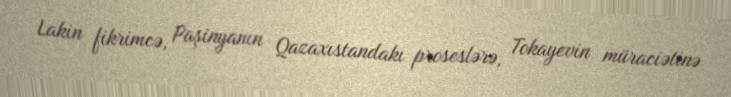
Lakin fikrimcə, Paşinyanın Qazaxıstandakı proseslərə, Tokayevin müraciətinə